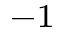
^ { - 1 }